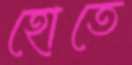
হোতে